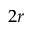
2 r